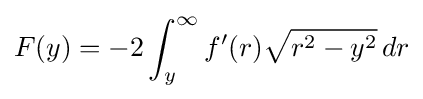
F(y)=-2\int _{y}^{\infty }f'(r){\sqrt {r^{2}-y^{2}}}\,dr